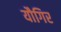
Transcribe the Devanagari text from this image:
यौगिर